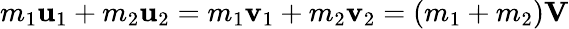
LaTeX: m_{1}\mathbf{u}_{1}+m_{2}\mathbf{u}_{2}=m_{1}\mathbf{v}_{1}+m_{2}\mathbf{v}_{2}=(m_{1}+m_{2})\mathbf{V}